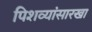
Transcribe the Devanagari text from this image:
पिशव्यांसारखा